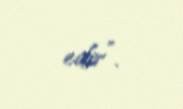
edir”.